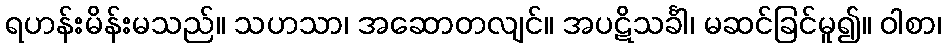
ရဟန်းမိန်းမသည်။ သဟသာ၊ အဆောတလျင်။ အပဋိသင်္ခါ၊ မဆင်ခြင်မူ၍။ ဝါစာ၊